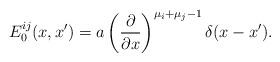
LaTeX: \begin{align*} E^{ij}_0(x, x') = a \left( \frac{\partial}{\partial x} \right)^{\mu_i + \mu_j - 1} \delta(x - x'). \end{align*}